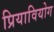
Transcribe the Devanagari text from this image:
प्रियावियोग